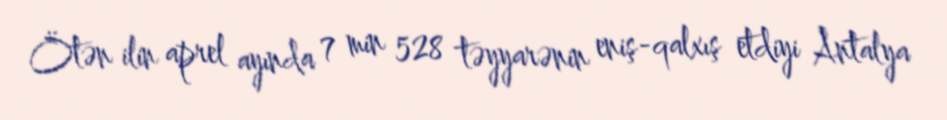
Ötən ilin aprel ayında 7 min 528 təyyarənin eniş-qalxış etdiyi Antalya